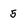
Character: 5